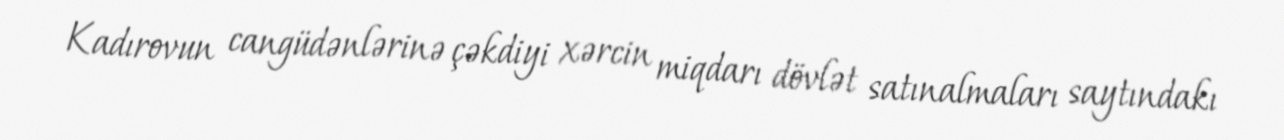
Kadırovun cangüdənlərinə çəkdiyi xərcin miqdarı dövlət satınalmaları saytındakı